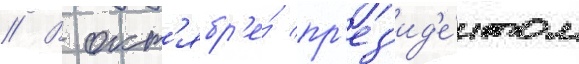
// В окт'ябр'е́ пр'ез'ид'е́нтом